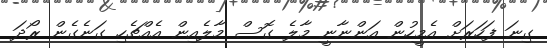
ގިނަ ފަހަރަށް އެމީހުން އަންނާނީ މާލެ ގޮސް މާލެއިން އެއްޗެހި ގަނެގެން ރޯދަ